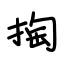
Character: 掏